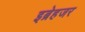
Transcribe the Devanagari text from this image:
इब्रेहजर